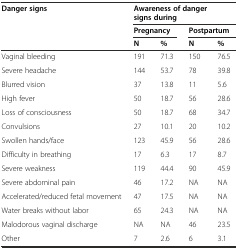
| <ROWSPAN=3> Danger signs | <COLSPAN=4> Awareness of danger signs during |
 | <COLSPAN=2> Pregnancy | <COLSPAN=2> Postpartum |
 | N | % | N | % |
 | --- | --- | --- | --- | --- |
 | Vaginal bleeding | 191 | 71.3 | 150 | 76.5 |
 | Severe headache | 144 | 53.7 | 78 | 39.8 |
 | Blurred vision | 37 | 13.8 | 11 | 5.6 |
 | High fever | 50 | 18.7 | 56 | 28.6 |
 | Loss of consciousness | 50 | 18.7 | 68 | 34.7 |
 | Convulsions | 27 | 10.1 | 20 | 10.2 |
 | Swollen hands/face | 123 | 45.9 | 56 | 28.6 |
 | Difficulty in breathing | 17 | 6.3 | 17 | 8.7 |
 | Severe weakness | 119 | 44.4 | 90 | 45.9 |
 | Severe abdominal pain | 46 | 17.2 | NA | NA |
 | Accelerated/reduced fetal movement | 47 | 17.5 | NA | NA |
 | Water breaks without labor | 65 | 24.3 | NA | NA |
 | Malodorous vaginal discharge | NA | NA | 46 | 23.5 |
 | Other | 7 | 2.6 | 6 | 3.1 |